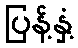
ပြန့်နှံ့